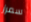
سمرز